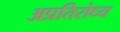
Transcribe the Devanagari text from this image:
अप्रतिरोध्य